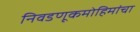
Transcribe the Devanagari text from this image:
निवडणूकमोहिमांचा